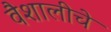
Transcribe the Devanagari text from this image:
वैशालीचे